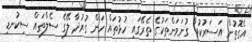
އެގޮތުން އަސަރުކުރާ ގުނަވަންތަކުގެ ތެރޭގައި ހުޅުތައް ހަން ގުރުދާ ލޭގެ ސެލްތައް ސިކުނޑި